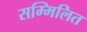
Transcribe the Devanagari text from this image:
सम्मिलित